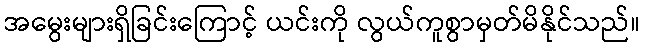
အမွေးများရှိခြင်းကြောင့် ယင်းကို လွယ်ကူစွာမှတ်မိနိုင်သည်။